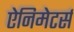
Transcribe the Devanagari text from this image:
ऐनिमेटर्स